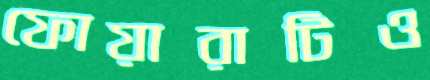
ফোয়ারাটিও